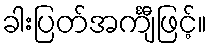
ခါးပြတ်အင်္ကျီဖြင့်။